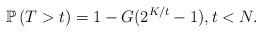
LaTeX: \begin{align*}\mathbb{P}\left(T>t\right)&=1-G(2^{K/t}-1),t<N.\end{align*}